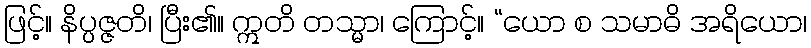
ဖြင့်။ နိပ္ပဇ္ဇတိ၊ ပြီး၏။ ဣတိ တသ္မာ၊ ကြောင့်။ “ယော စ သမာဓိ အရိယော၊